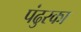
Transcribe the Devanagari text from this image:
पंढुरका